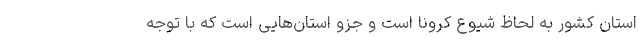
استان کشور به لحاظ شیوع کرونا است و جزو استان‌هایی است که با توجه